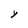
Character: Y